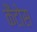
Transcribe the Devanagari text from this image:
कैंटोस